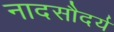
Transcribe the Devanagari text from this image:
नादसौदर्य